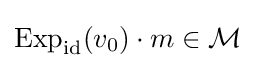
\operatorname {Exp} _{\rm {id}}(v_{0})\cdot m\in {\mathcal {M}}